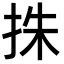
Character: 㧣